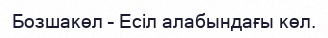
Бозшакөл – Есіл алабындағы көл.